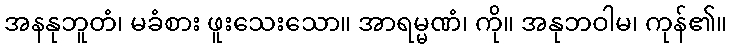
အနနုဘူတံ၊ မခံစား ဖူးသေးသော။ အာရမ္မဏံ၊ ကို။ အနုဘဝါမ၊ ကုန်၏။